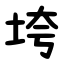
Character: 垮